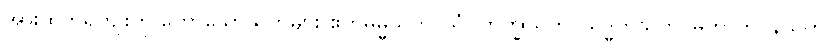
အားထုတ်ရကျိုးကို ဟောသောသုတ်များ ဧကဓမ္မသုတ်-သံ။ ဘိက္ခုသုတ်၊ သုဒ္ဓိကသုတ်၊ မဟာကပ္ပိနသုတ်၊